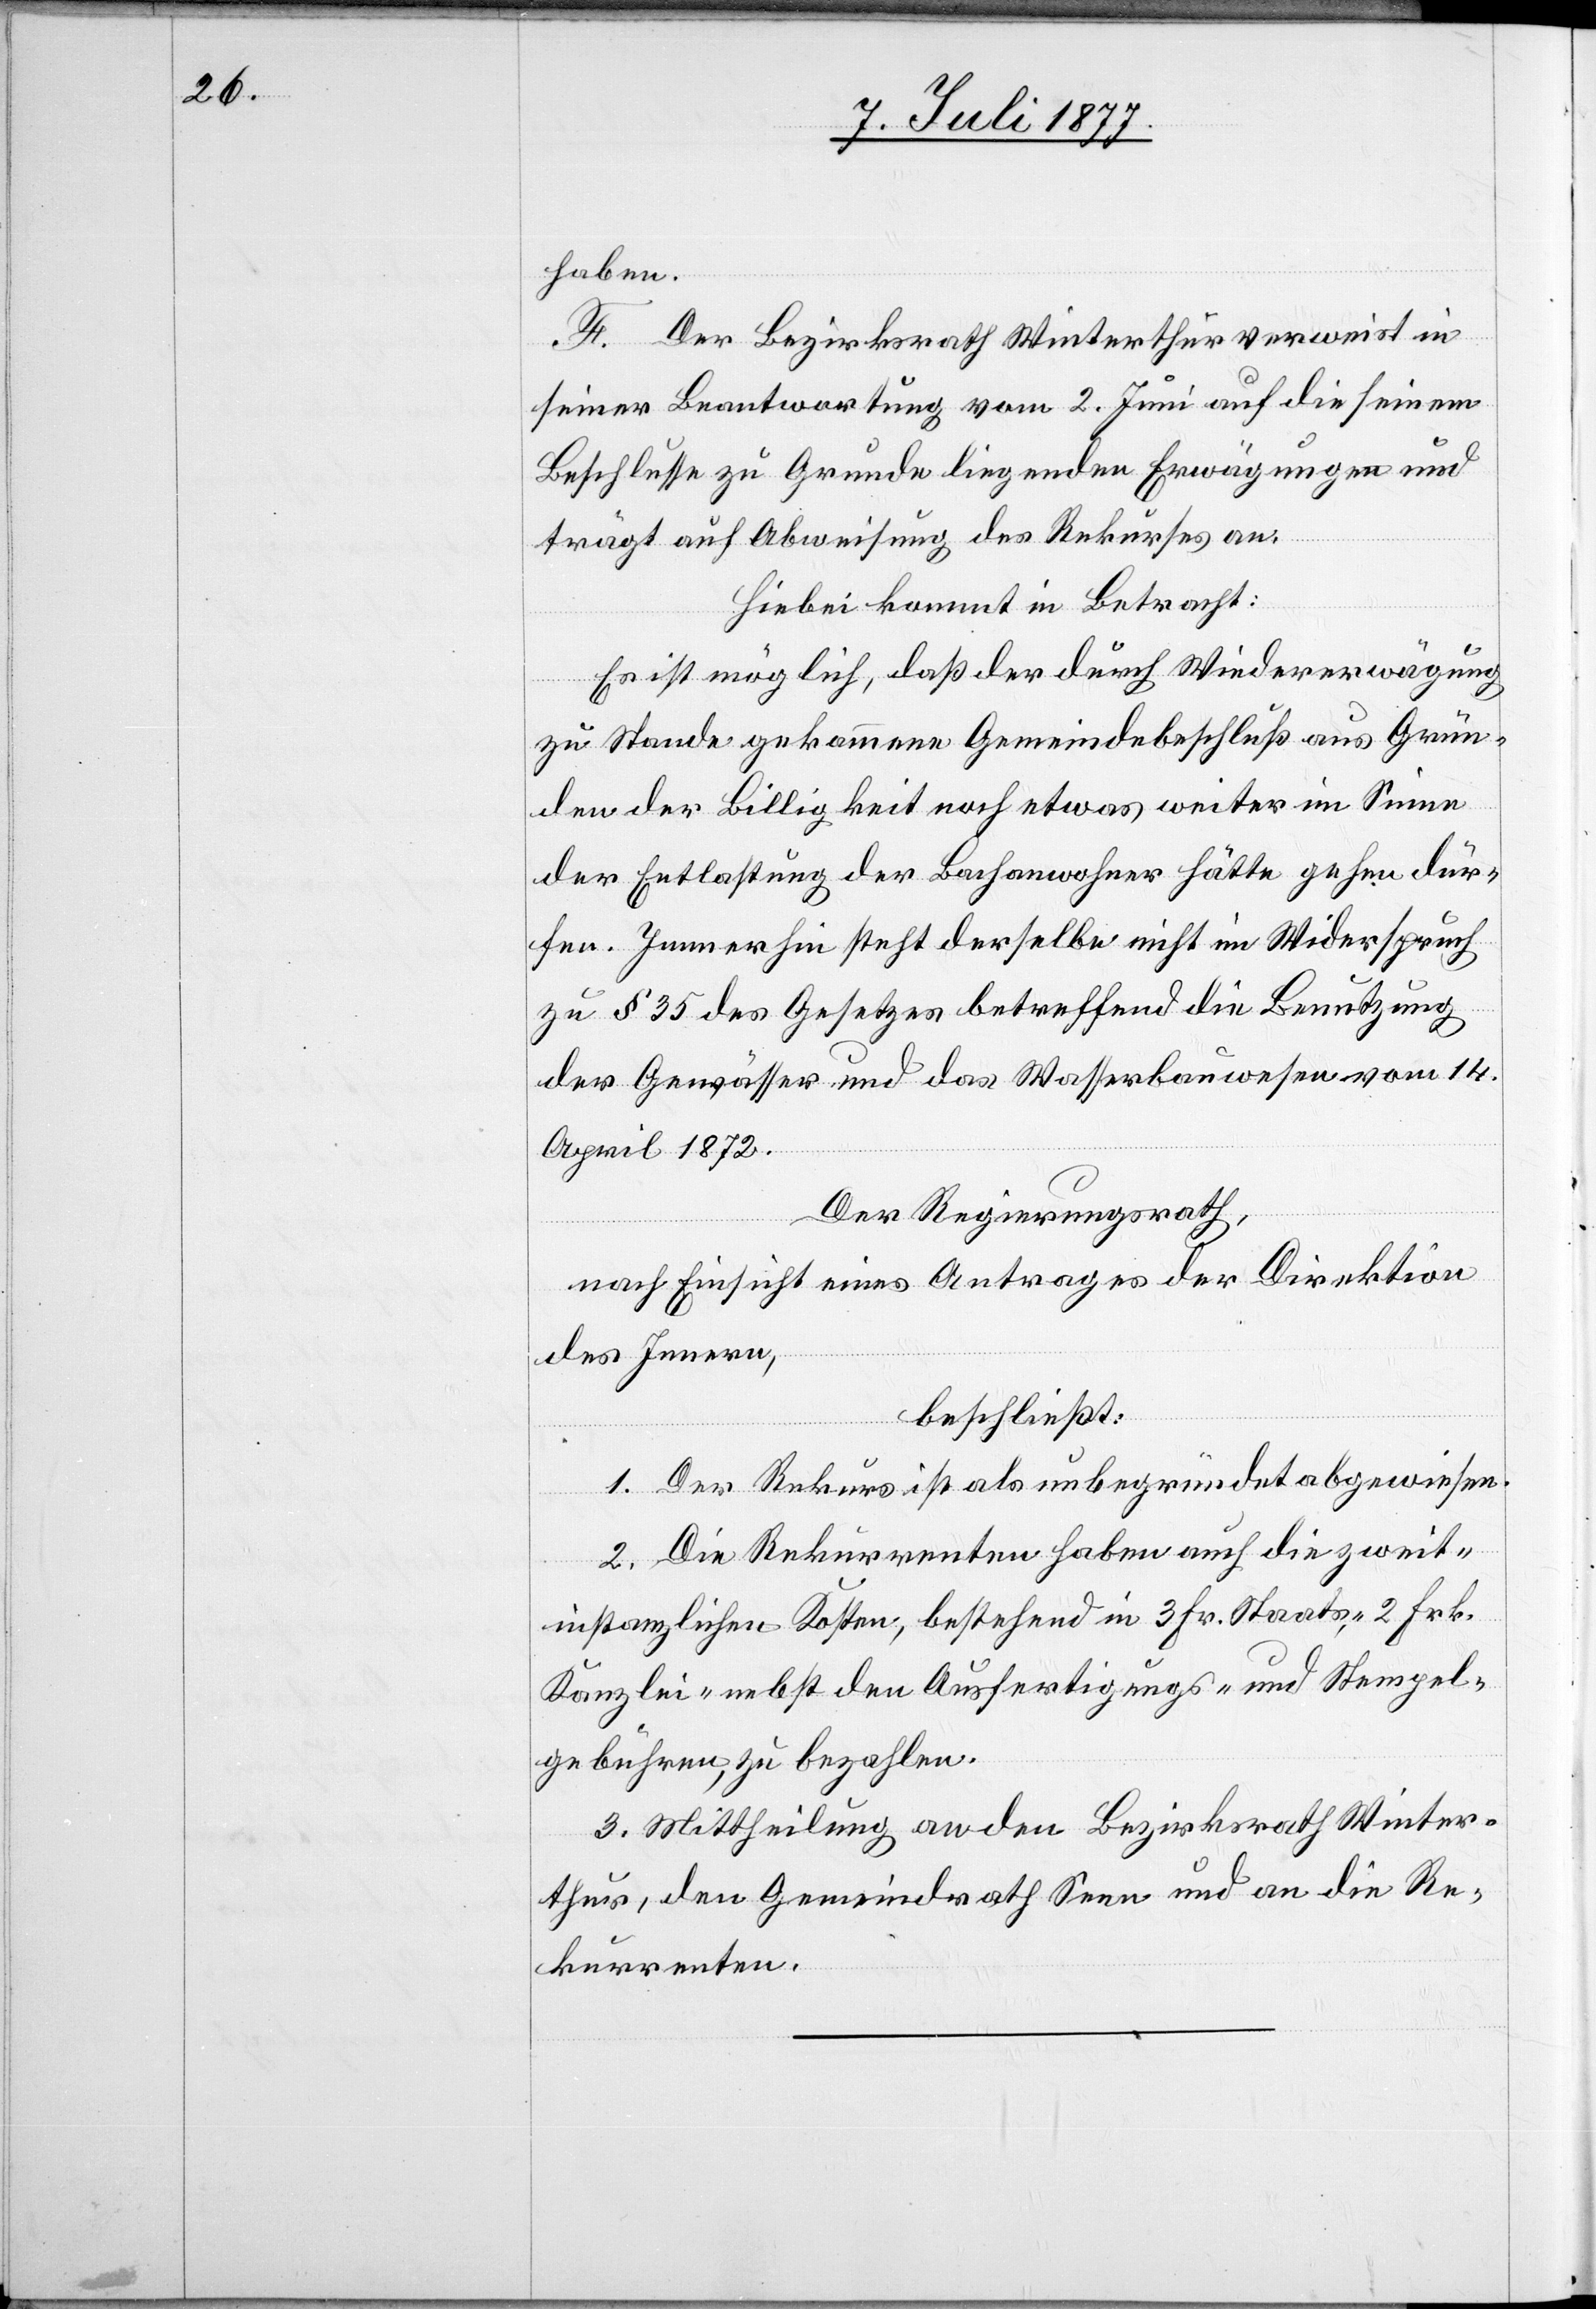
haben.
F. Der Bezirksrath Winterthur verweist in
seiner Beantwortung vom 2. Juni auf die seinem
Beschlusse zu Grunde liegenden Erwägungen und
trägt auf Abweisung des Rekurses an.
Hiebei kommt in Betracht:
Es ist möglich, daß der durch Wiedererwägung
zu Stande gekommene Gemeindebeschluß aus Grün¬
den der Billigkeit noch etwas weiter im Sinne
der Entlastung der Bachanwohner hätte gehen dür¬
fen. Immerhin steht derselbe nicht im Widerspruch
zu § 35 des Gesetzes betreffend die Benutzung
der Gewässer und das Wasserbauwesen vom 14.
April 1872.
Der Regierungsrath,
nach Einsicht eines Antrages der Direktion
des Innern,
beschließt:
1. Der Rekurs ist als unbegründet abgewiesen.
2. Die Rekurrenten haben auch die zweit¬
instanzlichen Kosten, bestehend in 3 Fr. Staats-, 2 Frk.
Kanzlei-[,] nebst den Ausfertigungs- und Stempel¬
gebühren, zu bezahlen.
3. Mittheilung an den Bezirksrath Winter¬
thur, den Gemeindrath Seen und an die Re¬
kurrenten.